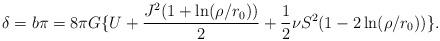
LaTeX: \begin{align*}\delta= b\pi =8\pi G\{U+\frac{J^2(1+ \ln(\rho/r_0))}{2} + \frac{1}{2}\nu S^2(1 - 2\ln(\rho/r_0))\}.\end{align*}